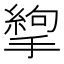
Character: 𢳉